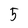
Character: 5